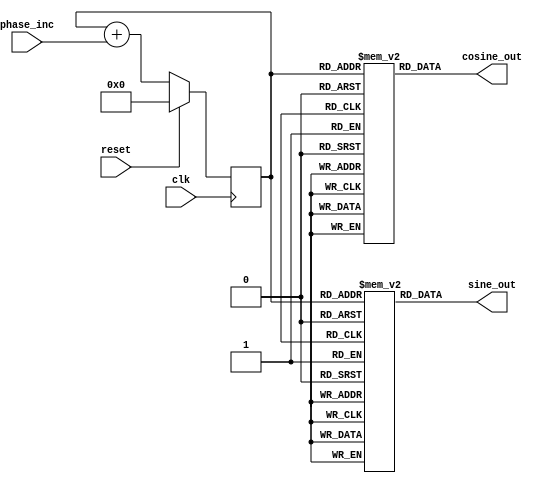
// 8-bit Numerically Controlled Oscillator

module nco (
  clk,
  reset,
  phase_inc,
  sine_out,
  cosine_out
  );

  parameter PI = 3.14159265358979323846;
  
  
  input clk;
  input reset;
  input [7:0] phase_inc;
  
  output [7:0] sine_out;
  output [7:0] cosine_out;
  
  reg [7:0] phase;
  
  always @(posedge clk) begin
      if (reset)
          phase <= 0;
      else if (!reset)
          phase <= phase + phase_inc;
  	else
          phase <= 8'bz;
  end
  
  reg [7:0] sine_lookup [255:0];
  reg [7:0] cosine_lookup [255:0];
  integer i;
  
  // Initializing lookup tables
  initial begin
      for (i = 0; i < 256; i = i + 1) begin
          sine_lookup[i] = 127 * $sin(2 * PI * i / 256);
          cosine_lookup[i] = 127 * $cos(2 * PI * i / 256);
      end
  end
  
  // Outputs
  assign sine_out = sine_lookup[phase[7:0]];
  assign cosine_out = cosine_lookup[phase[7:0]];

endmodule